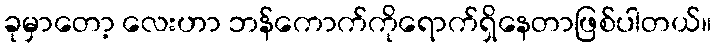
ခုမှာတော့ လေးဟာ ဘန်ကောက်ကိုရောက်ရှိနေတာဖြစ်ပါတယ်။